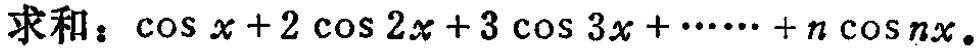
求和：\(\cos x + 2\cos 2x + 3\cos 3x + \cdots + n\cos nx\)。